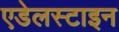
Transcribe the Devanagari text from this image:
एडेलस्टाइन